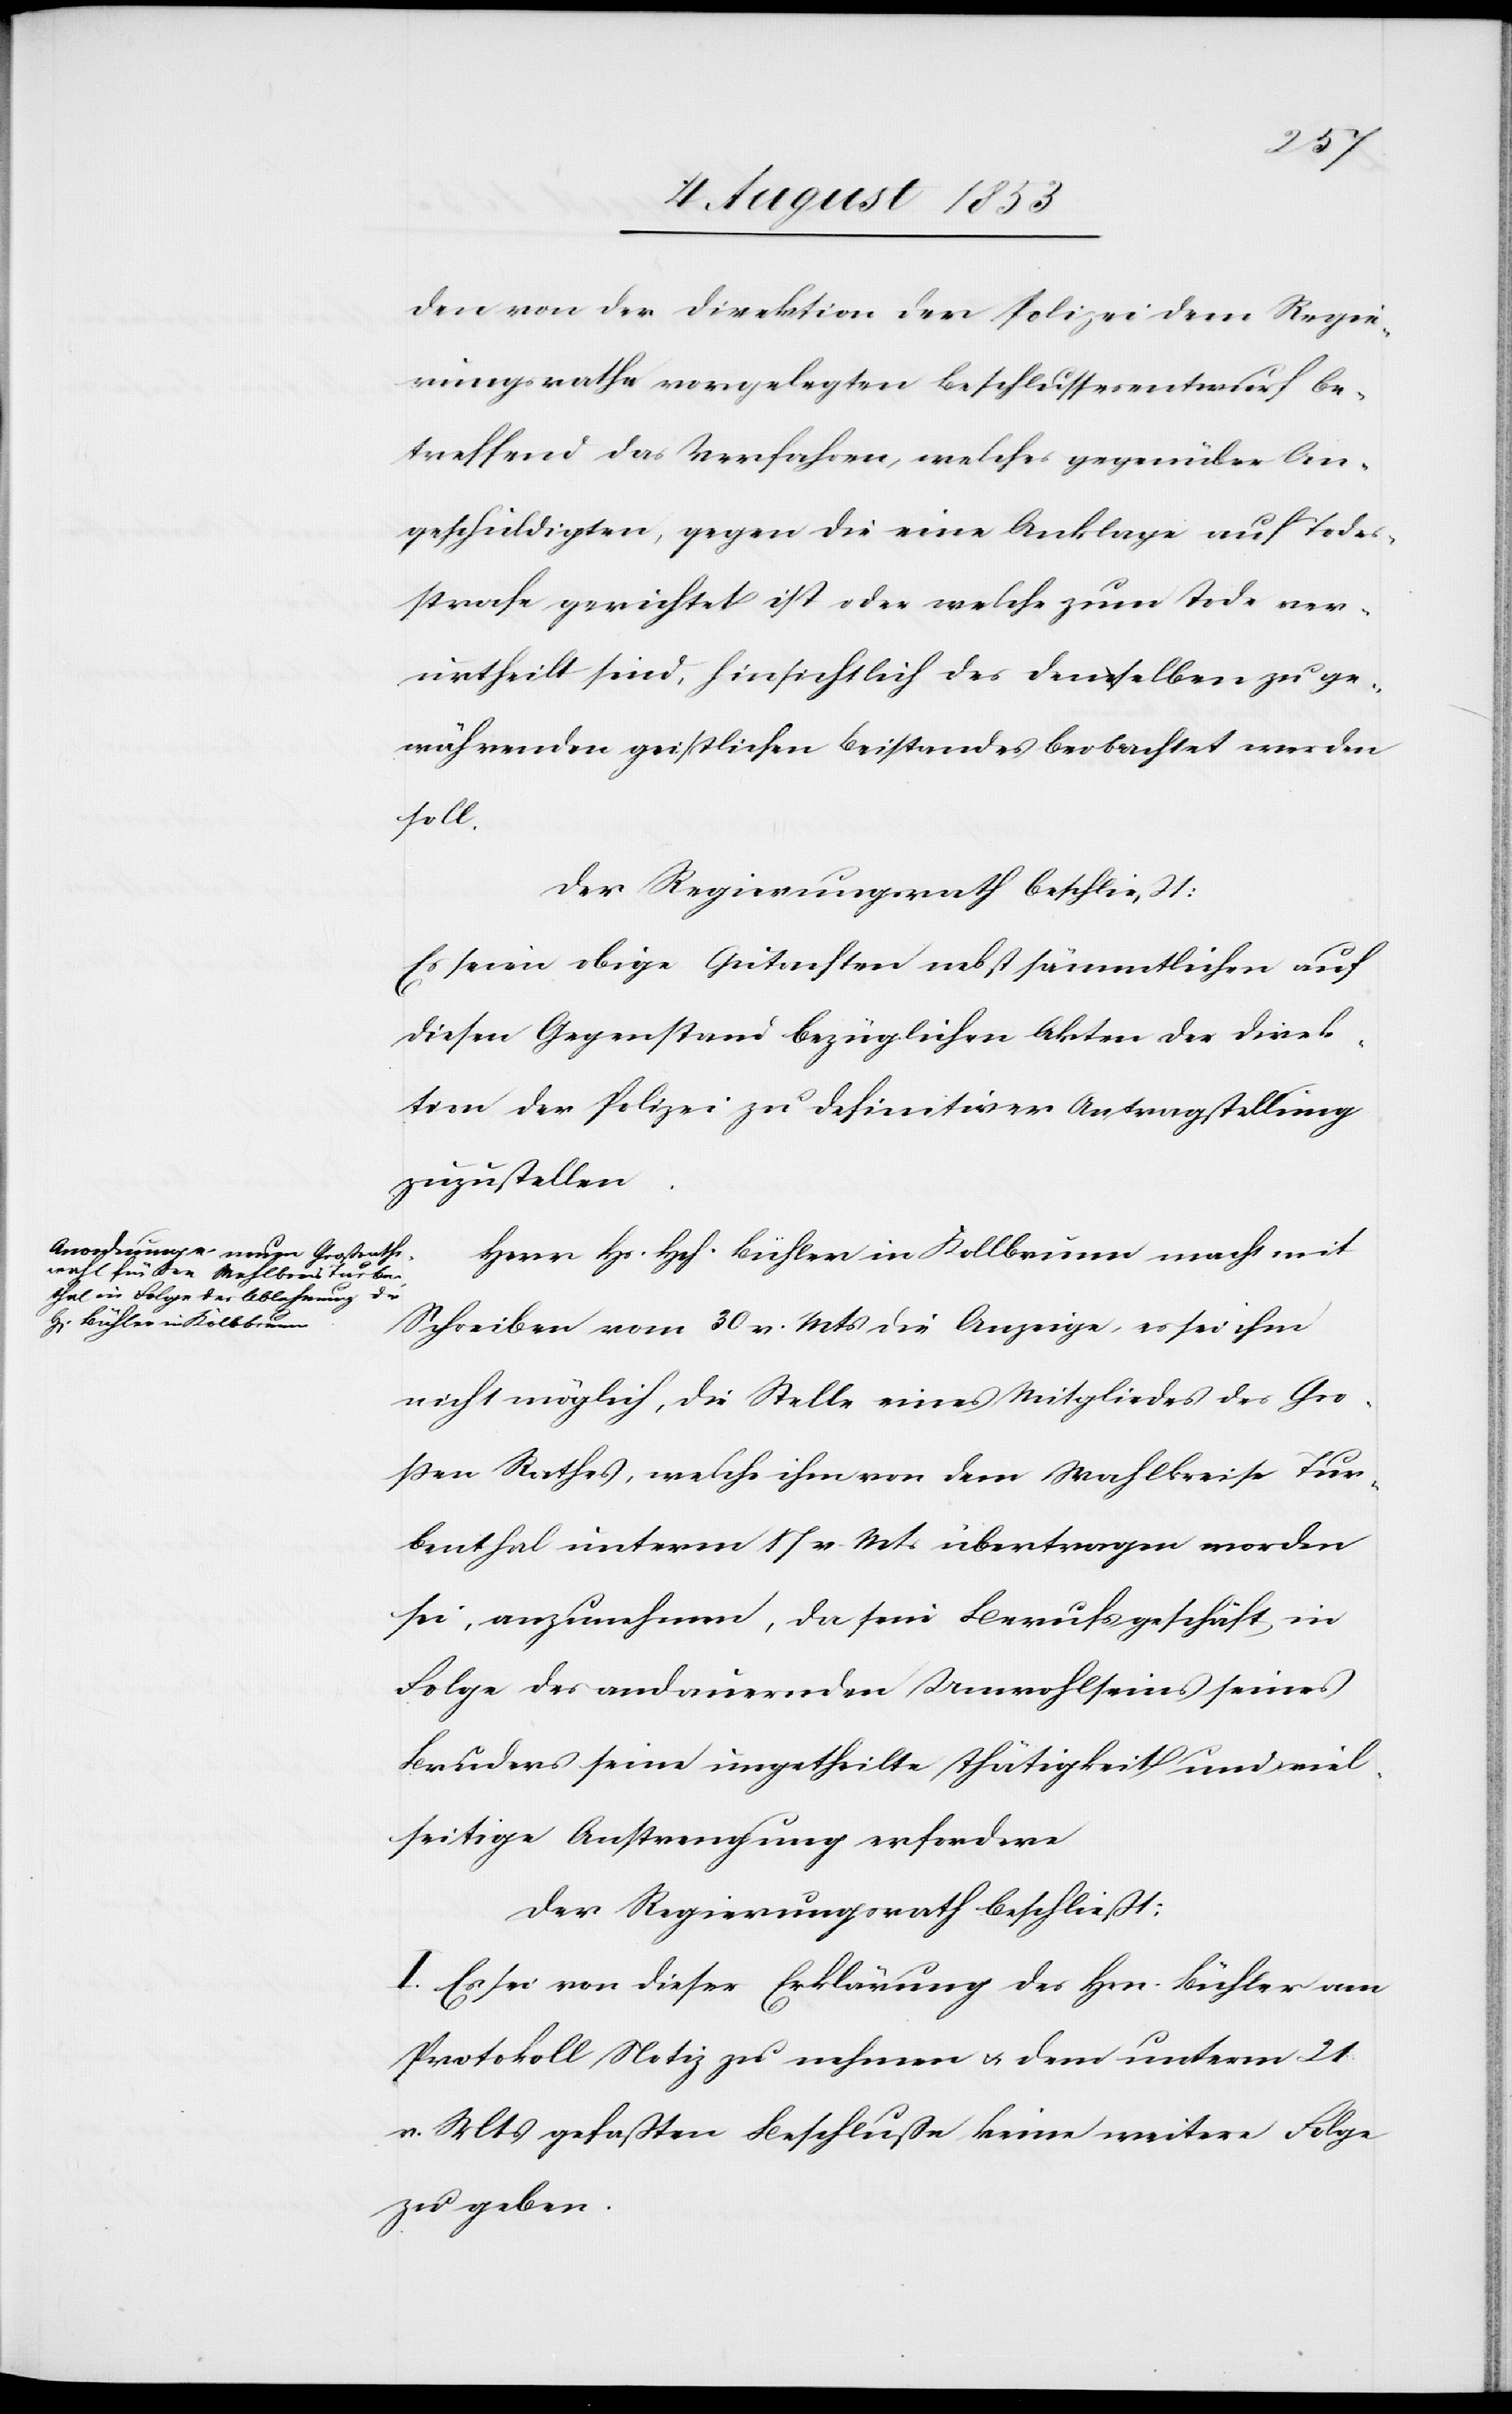
den von der Direktion der Polizei dem Regie¬
rungsrathe vorgelegten Beschlussesentwurf be¬
treffend das Verfahren, welches gegenüber An¬
geschuldigten, gegen die eine Anklage auf Todes¬
strafe gerichtet ist oder welche zum Tode ver¬
urtheilt sind, hinsichtlich des denselben zu ge¬
währenden geistlichen Beistandes beobachtet werden
soll.
Der Regierungsrath beschließt:
Es seien obige Gutachten nebst sämmtlichen auf
diesen Gegenstand bezüglichen Akten der Direk¬
tion der Polizei zu definitiver Antragstellung
zuzustellen.
Herr Hs. Hch. Bühler in Kollbrunn macht mit
Schreiben vom 30 v. Mts. die Anzeige, es sei ihm
nicht möglich, die Stelle eines Mitgliedes des Gro¬
ßen Rathes, welche ihm von dem Wahlkreise Tur¬
benthal unterm 17 v. Mts. übertragen worden
sei, anzunehmen, da sein Berufsgeschäft, in
Folge des andauernden Unwohlseins seines
Bruders seine ungetheilte Thätigkeit und viel¬
seitige Anstrengung erfordern.
Der Regierungsrath beschließt:
I. Es sei von dieser Erklärung der Hrn. Bühler am
Protokoll Notiz zu nehmen u. dem unterm 21
v. Mts. gefaßten Beschluße keine weitere Folge
zu geben: